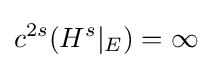
c^{2s}(H^{s}|_{E})=\infty